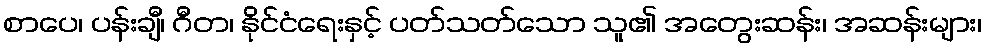
စာပေ၊ ပန်းချီ၊ ဂီတ၊ နိုင်ငံရေးနှင့် ပတ်သတ်သော သူ၏ အတွေးဆန်း၊ အဆန်းများ၊